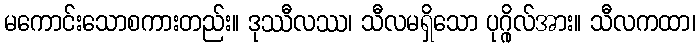
မကောင်းသောစကားတည်း။ ဒုဿီလဿ၊ သီလမရှိသော ပုဂ္ဂိုလ်အား။ သီလကထာ၊